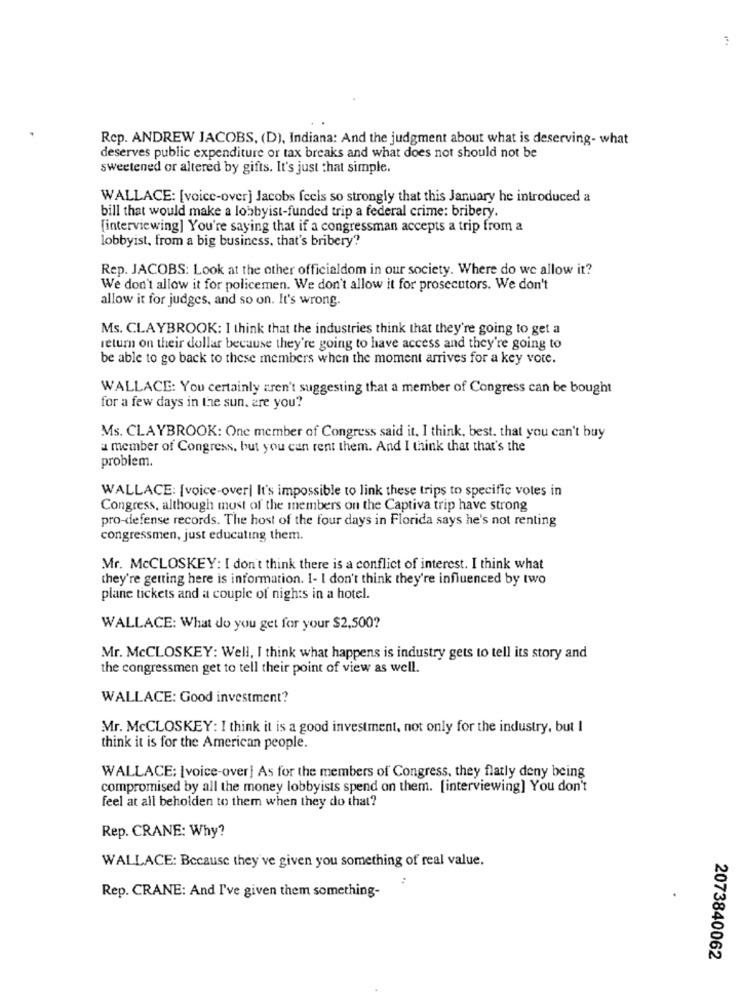
Rep. ANDREW JACOBS, (D), Indiana: And the judgment about what is deserving- what
deserves public expenditure or tax breaks and what does not should not be
sweetened or altered by gifts. It's just that simple.
WALLACE: [voice-over] Jacobs feels so strongly that this January he introduced a
bill that would make a lobbyist-funded trip a federal crime: bribery.
[interviewing] You're saying that if a congressman accepts a trip from a
lobbyist, from a big business, that's bribery ??
Rep. JACOBS: Look at the other officialdom in our society. Where do we allow it?
We don't allow it for policemen. We don't allow it for prosecutors. We don't
allow it for judges, and so on. It's wrong.
Ms. CLAYBROOK: I think that the industries think that they're going to get a
return on their dollar because they're going to have access and they're going to
be able to go back to these members when the moment arrives for a key vote.
WALLACE: You certainly aren't suggesting that a member of Congress can be bought
for a few days in the sun. are you?
Ms. CLAYBROOK: One member of Congress said it. I think, best. that you can't buy
a member of Congress, but you can rent them. And I think that that's the
problem.
WALLACE: [voice-over| It's impossible to link these trips to specific votes in
Congress, although most of the members on the Captiva trip have strong
pro-defense records. The host of the four days in Florida says he's not renting
congressmen, just educating them.
Mr. McCLOSKEY: I don't think there is a conflict of interest. I think what
they're getting here is information. I- I don't think they're influenced by two
plane tickets and a couple of nights in a hotel.
WALLACE: What do you get for your $2,500?
Mr. McCLOSKEY: Well, I think what happens is industry gets to tell its story and
the congressmen get to tell their point of view as well.
WALLACE: Good investment?
Mr. McCLOSKEY: I think it is a good investment, not only for the industry, but I
think it is for the American people.
WALLACE: [voice-over] As for the members of Congress, they flatly deny being
compromised by all the money lobbyists spend on them. [interviewing] You don't
feel at all beholden to them when they do that?
Rep. CRANE: Why?
WALLACE: Because they've given you something of real value.
Rep. CRANE: And I've given them something-
2073840062